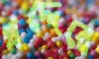
খদ্দেরে